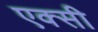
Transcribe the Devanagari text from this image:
एक्सी